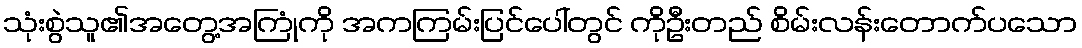
သုံးစွဲသူ၏အတွေ့အကြုံကို အကကြမ်းပြင်ပေါ်တွင် ကိုဦးတည် စိမ်းလန်းတောက်ပသော